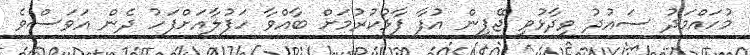
މުހައްމަދު ސައުދު ވިދާޅުވީ ޖޭޕީން އުފާ ފާޅުކުރުމަށް ބާއްވާ ހަފުލާއަށްފަހު ދެން އަވަސްވެ